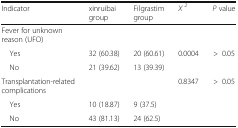
<table><thead><tr><td><b>Indicator</b></td><td><b>xinruibai group</b></td><td><b>Filgrastim group</b></td><td><b><i>X</i><sup><i>2</i></sup></b></td><td><b><i>P</i> value</b></td></tr></thead><tbody><tr><td colspan="5">Fever for unknown reason (UFO)</td></tr><tr><td> Yes</td><td>32 (60.38)</td><td>20 (60.61)</td><td>0.0004</td><td>&gt;0.05</td></tr><tr><td> No</td><td>21 (39.62)</td><td>13 (39.39)</td><td></td><td></td></tr><tr><td>Transplantation-related complications</td><td></td><td></td><td>0.8347</td><td>&gt;0.05</td></tr><tr><td> Yes</td><td>10 (18.87)</td><td>9 (37.5)</td><td></td><td></td></tr><tr><td> No</td><td>43 (81.13)</td><td>24 (62.5)</td><td></td><td></td></tr></tbody></table>